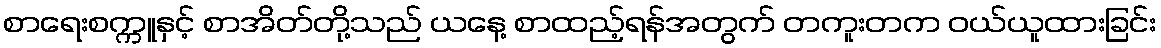
စာရေးစက္ကူနှင့် စာအိတ်တို့သည် ယနေ့ စာထည့်ရန်အတွက် တကူးတက ဝယ်ယူထားခြင်း